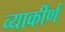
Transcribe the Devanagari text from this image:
व्याकीर्ण